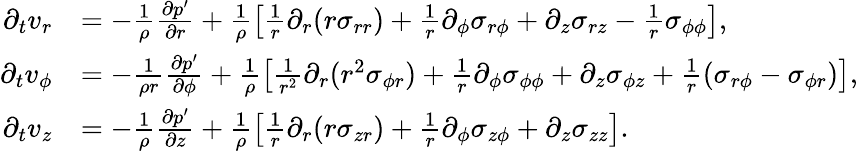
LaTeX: \begin{array}{rl}{\partial_{t}v_{r}}&{=-\frac{1}{\rho}\frac{\partial p^{\prime}}{\partial r}+\frac{1}{\rho}\left[\frac{1}{r}\partial_{r}(r\sigma_{rr})+\frac{1}{r}\partial_{\phi}\sigma_{r\phi}+\partial_{z}\sigma_{rz}-\frac{1}{r}\sigma_{\phi\phi}\right],}\\ {\partial_{t}v_{\phi}}&{=-\frac{1}{\rho r}\frac{\partial p^{\prime}}{\partial\phi}+\frac{1}{\rho}\left[\frac{1}{r^{2}}\partial_{r}(r^{2}\sigma_{\phi r})+\frac{1}{r}\partial_{\phi}\sigma_{\phi\phi}+\partial_{z}\sigma_{\phi z}+\frac{1}{r}(\sigma_{r\phi}-\sigma_{\phi r})\right],}\\ {\partial_{t}v_{z}}&{=-\frac{1}{\rho}\frac{\partial p^{\prime}}{\partial z}+\frac{1}{\rho}\left[\frac{1}{r}\partial_{r}(r\sigma_{zr})+\frac{1}{r}\partial_{\phi}\sigma_{z\phi}+\partial_{z}\sigma_{zz}\right].}\end{array}